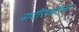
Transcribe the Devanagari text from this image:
नादीरशहाचा